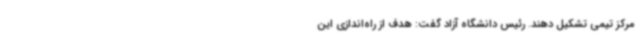
مرکز تیمی تشکیل دهند. رئیس دانشگاه آزاد گفت: هدف از راه‌اندازی این